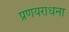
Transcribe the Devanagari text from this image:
प्रणयराधना